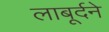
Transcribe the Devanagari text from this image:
लाबूर्दने